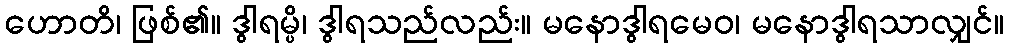
ဟောတိ၊ ဖြစ်၏။ ဒွါရမ္ပိ၊ ဒွါရသည်လည်း။ မနောဒွါရမေဝ၊ မနောဒွါရသာလျှင်။